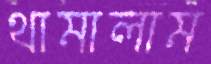
থামালাম